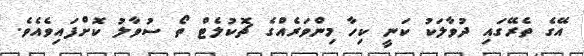
އޭގެ ތެރޭގައި ދުވާލަކު ކަނީ ކިހާ މިންވަރެއްގެ ޗޮކުލެޓް ތޯ ސުވާލު ކޮށްފައިވެއެވެ.